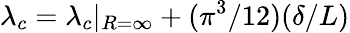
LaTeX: \lambda_{c}=\lambda_{c}|_{R=\infty}+(\pi^{3}/12)(\delta/L)